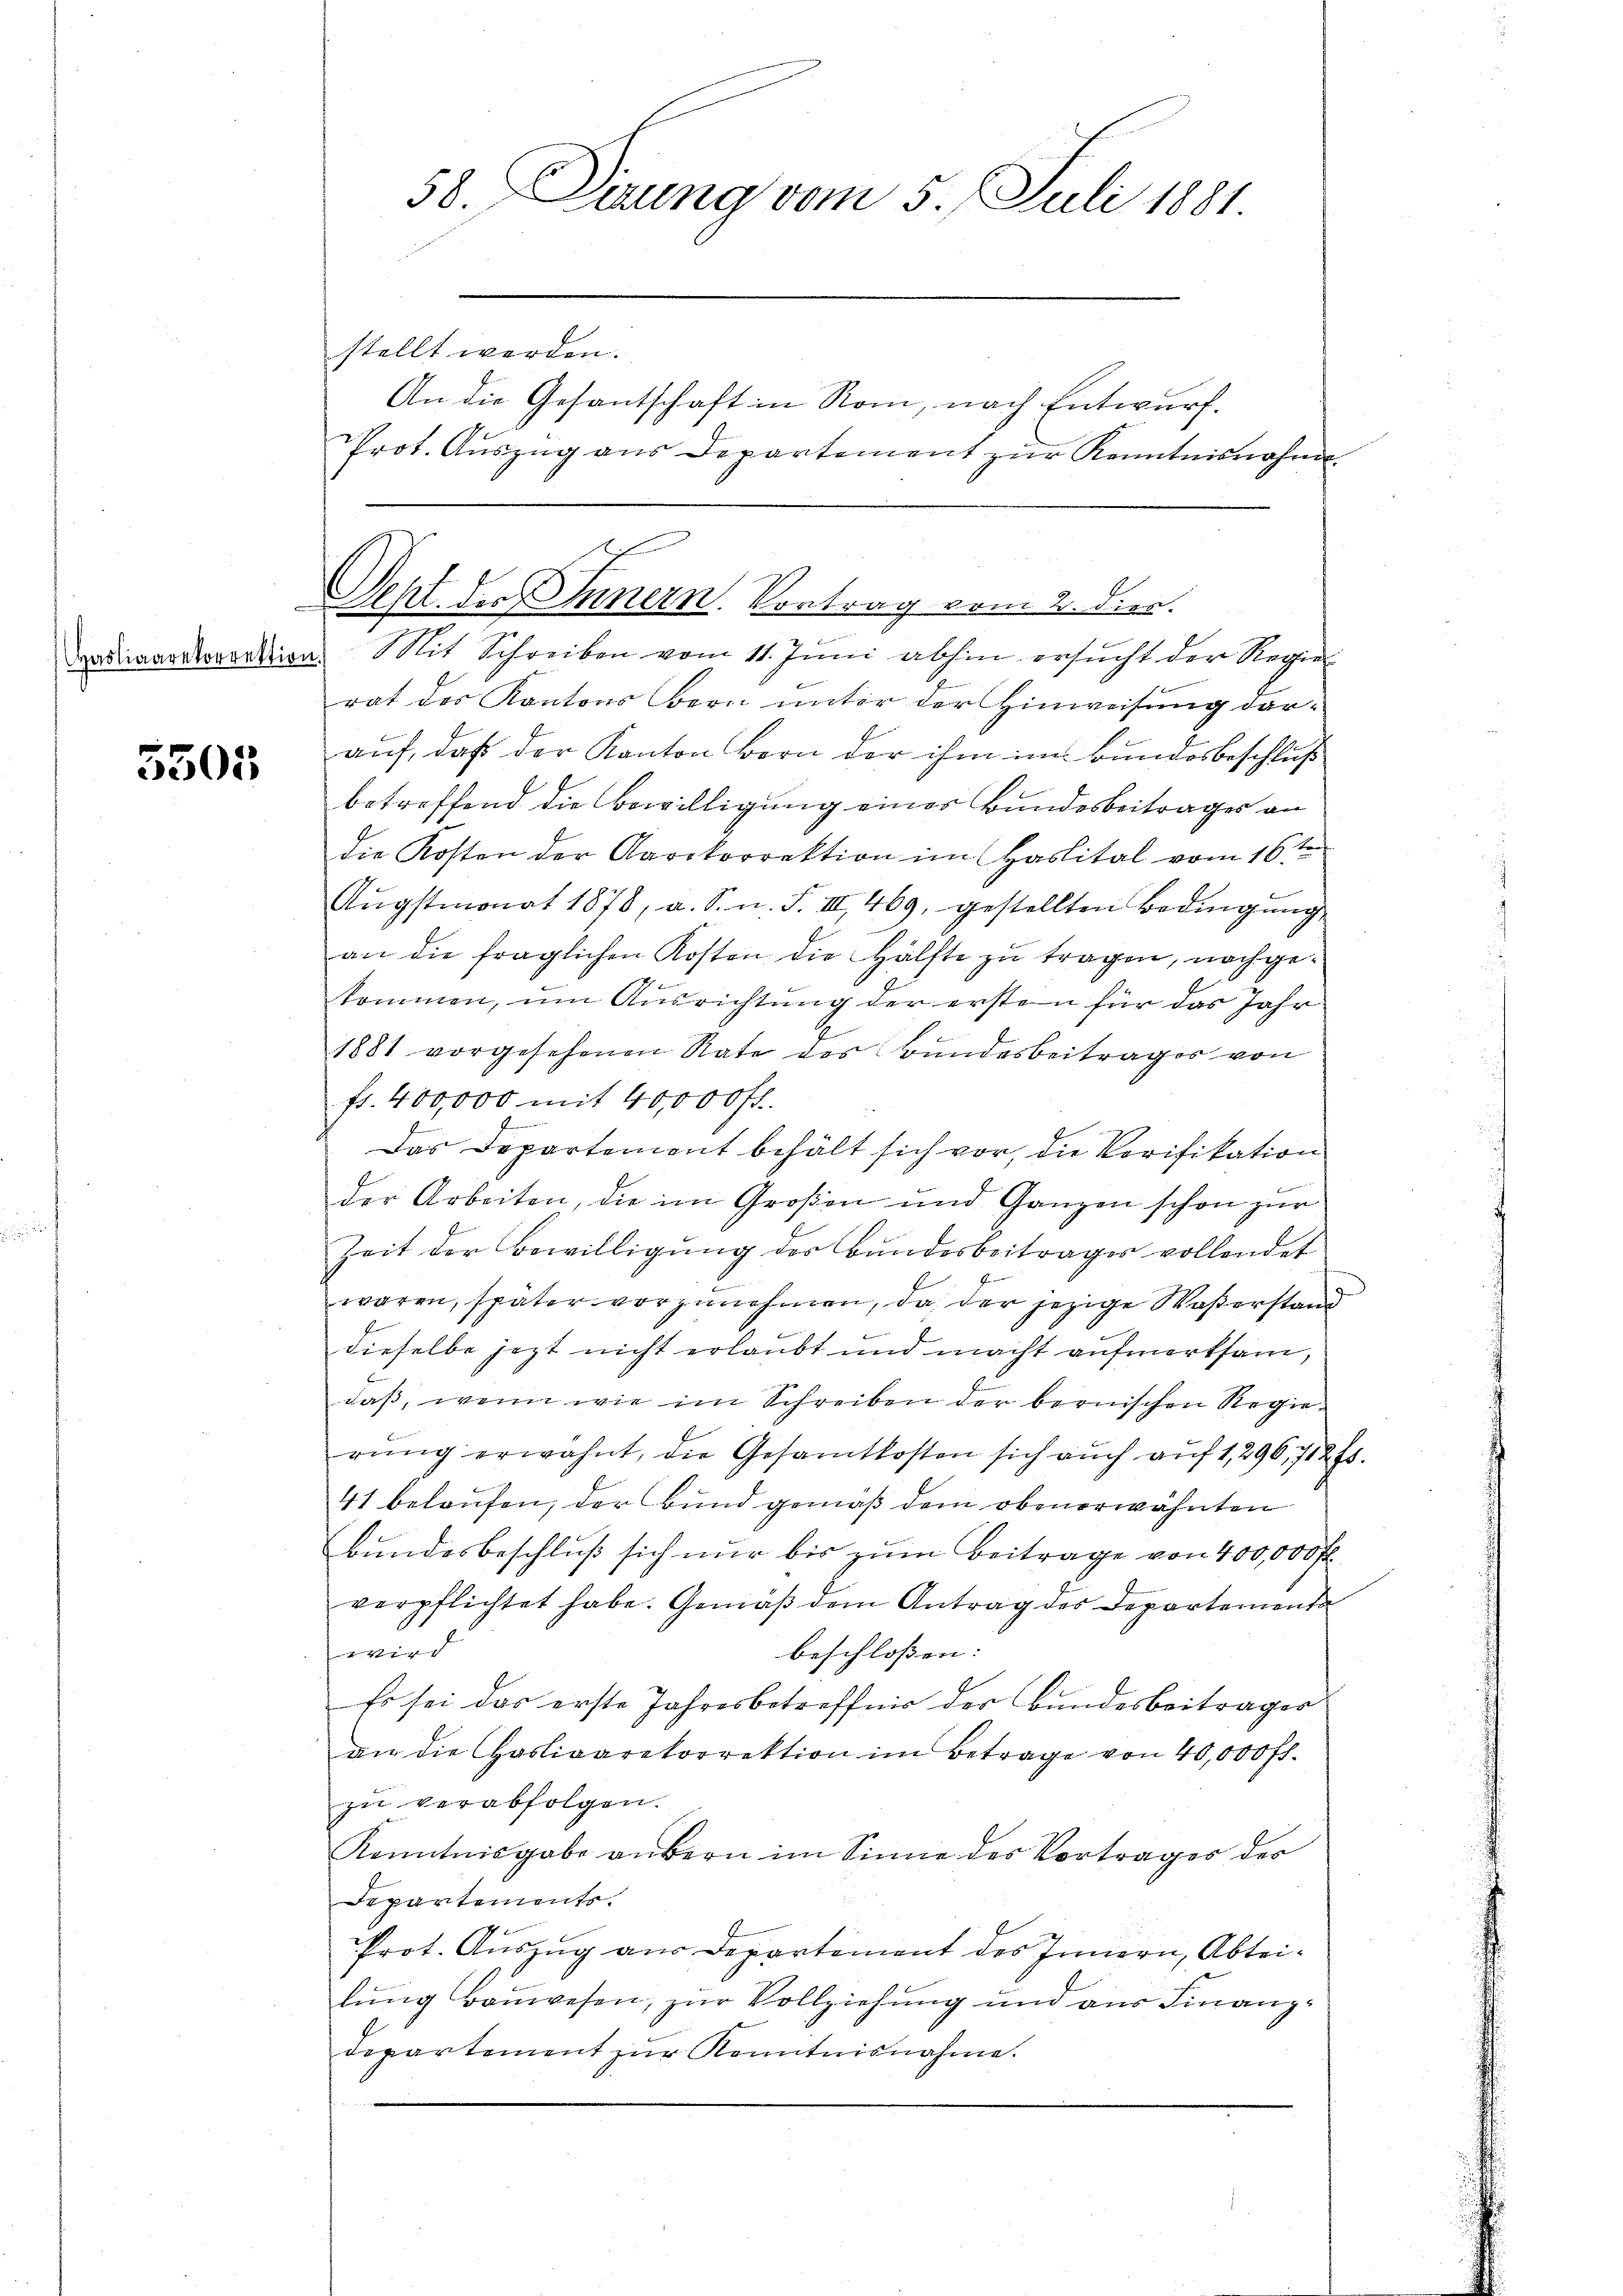
Hasliaarekorrektion

5505

58. Derung vom 5. Juli 1881.

stellt werden.
u Mit Schreiben vom 11. Juni abhin ersŭcht der Regier
rat des Kantons Bern unter der Hinweisung darauf, daß der Kanton Bern der ihm im Bundesbeschluß
betreffend die Bewilligung eines Bundesbeitrages an
die Kosten der Aarekorrektion im Haslital vom 16ten
Aŭgstmonat 1878, a. S. n. F. III 469, gestellten Bedingŭng
an die fraglichen Kosten die Hälfte zu tragen, nachgekommen, um Ausrichtung der ersten für das Jahr
1881 vorgesehenen Rate des Bŭndesbeitrages von
fr. 400,000 mit 40,000 fl.
Das Departement behält sich vor, die Verifikation
der Arbeiten, die im Großen und Ganzen schon zur
Zeit der Bewilligung des Bundesbeitrages vollendet
waren, später vorzŭnehmen, da der jezige Waßerstand
dieselbe jezt nicht erlaubt und macht aufmerksam,
daß, wenn wie im Schreiben der bernischen Regierŭng erwähnt, die Gesamtkosten sich aŭch aŭf 1,296, 712 f.
41 belaufen, der Bund gemäß dem obenerwähnten
Bundesbeschluß sich nur bis zum Beitrage von 400,000 fl.
verpflichtet habe. Gemäß dem Antrag des Departementa
beschlossen:
wird
Es sei das erste Jahresbetreffnis der Bundesbeiträger
an die Hosligarekorrektion im Betrage von 40,000 fl.
zu verabfolgen.
Kenntnisgabe anbern im Sinne des Vorträger des
Departements.
Prot. Auszug aus Departement des Innern, Abteilŭng baŭwesen, zur Vollziehung und ans Finanz-
departement zur Kenntnisnahme.

An die Gesantschaft in Rom, nach Entwurf.
Prot. Aŭszŭg ans Departement zŭr Kenntnisnahme

t
Seht der Innern. Vontrag vom 2. Dier.